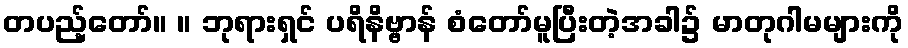
တပည့်တော်။ ။ ဘုရားရှင် ပရိနိဗ္ဗာန် စံတော်မူပြီးတဲ့အခါ၌ မာတုဂါမများကို